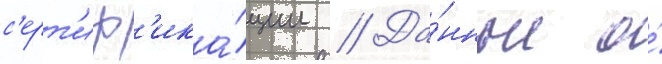
с'ерт'иф'ика́ции // Да́нные о́